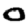
Digit: 0